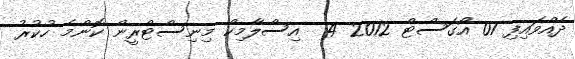
ދެއްވައިފި 07 އޯގަސްޓް 2012 4  އިސްލާމިކް މިނިސްޓްރީން ކޮންމެ ހުކުރު